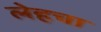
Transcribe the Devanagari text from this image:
लेहचा